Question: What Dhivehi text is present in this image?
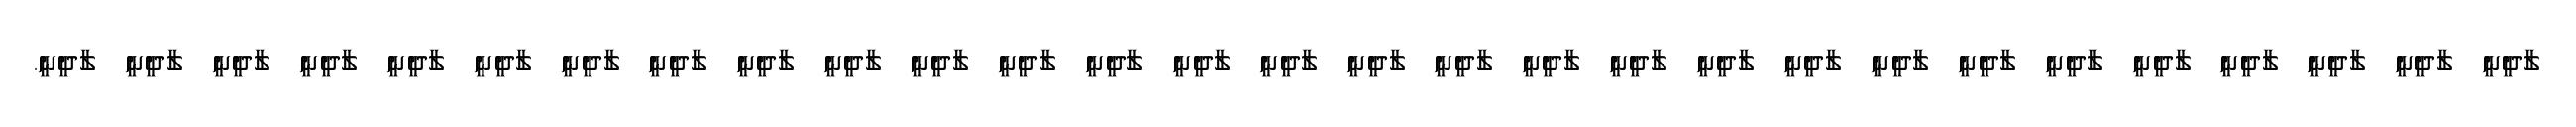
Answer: ލާދީނީ ލާދީނީ ލާދީނީ ލާދީނީ ލާދީނީ ލާދީނީ ލާދީނީ ލާދީނީ ލާދީނީ ލާދީނީ ލާދީނީ ލާދީނީ ލާދީނީ ލާދީނީ ލާދީނީ ލާދީނީ ލާދީނީ ލާދީނީ ލާދީނީ ލާދީނީ ލާދީނީ ލާދީނީ ލާދީނީ ލާދީނީ ލާދީނީ ލާދީނީ ލާދީނީ ލާދީނީ ލާދީނީ.